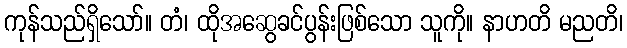
ကုန်သည်ရှိသော်။ တံ၊ ထိုအဆွေခင်ပွန်းဖြစ်သော သူကို။ နာဟတိ မညတိ၊